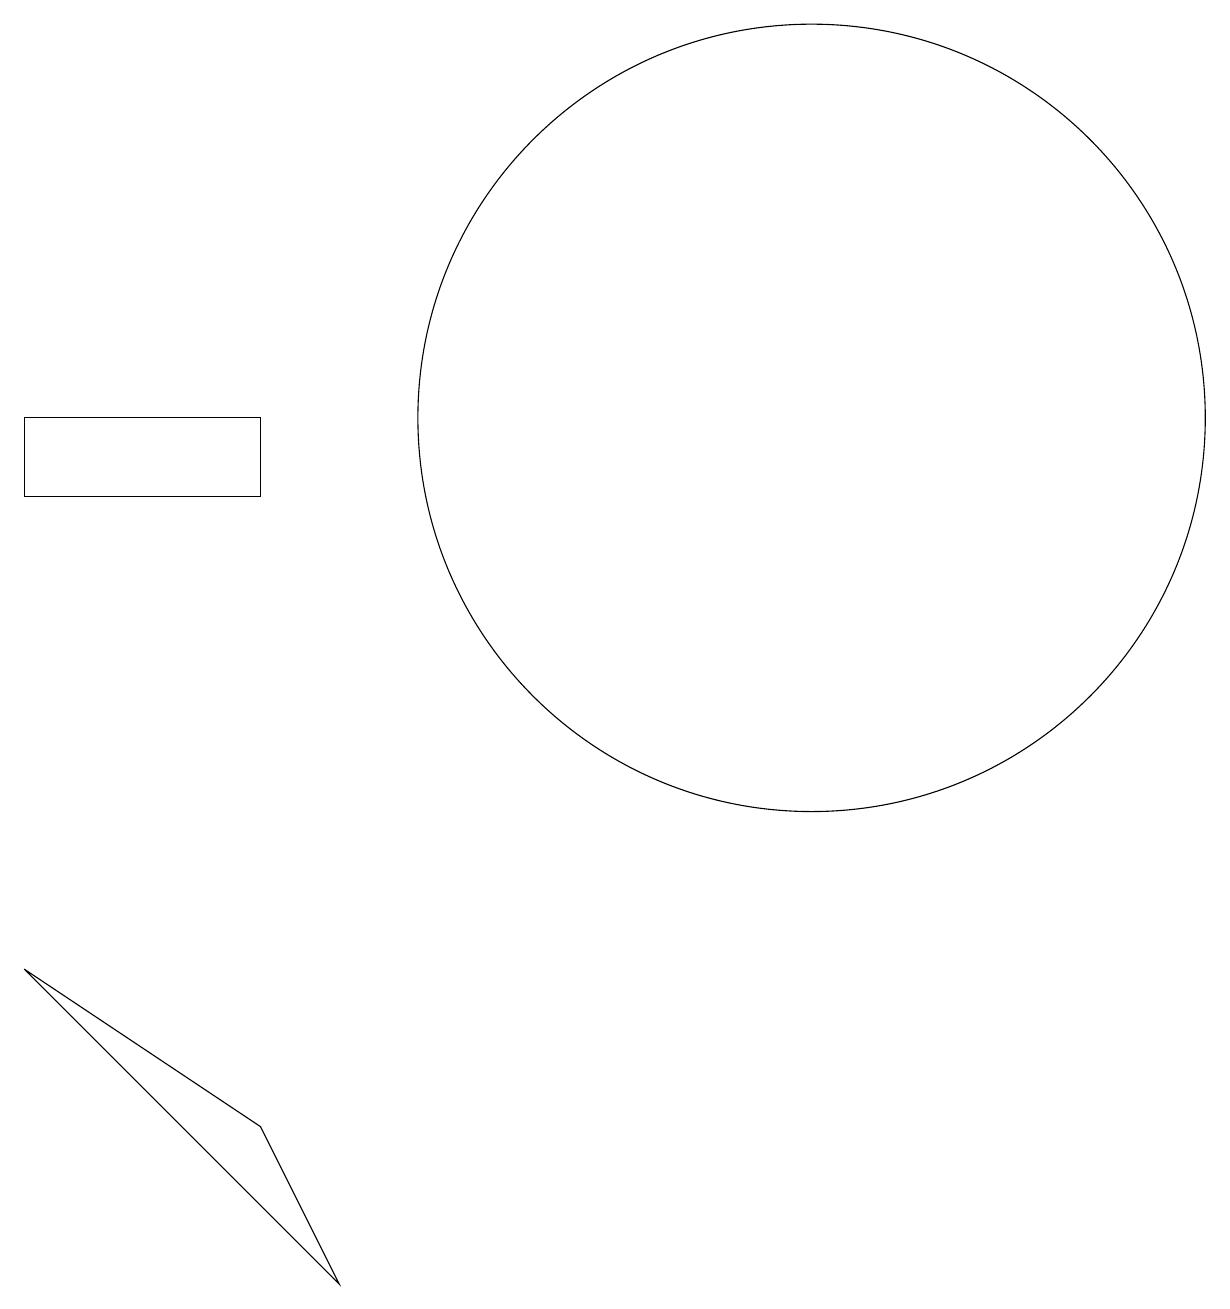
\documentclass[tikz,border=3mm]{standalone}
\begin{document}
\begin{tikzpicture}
\draw (12,11) circle (5);
\draw (2,10) rectangle (5,11);
\draw (2,4) -- (5,2) -- (6,0) -- cycle;
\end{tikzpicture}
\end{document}